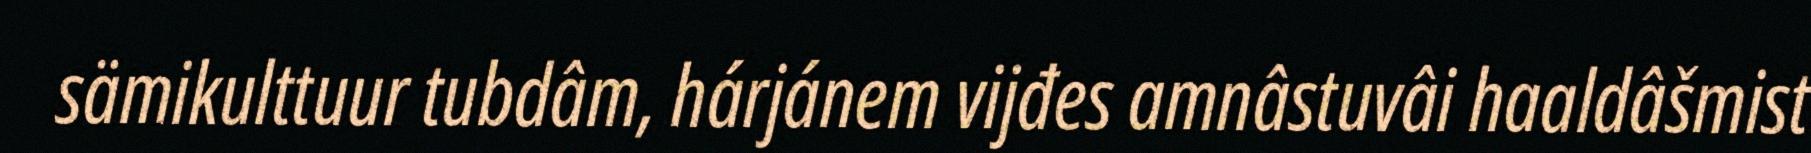
sämikulttuur tubdâm, hárjánem vijđes amnâstuvâi haaldâšmist